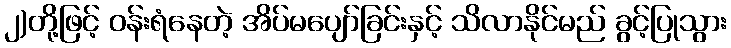
၂)တို့ဖြင့် ဝန်းရံနေတဲ့ အိပ်မပျော်ခြင်းနှင့် သိလာနိုင်မည် ခွင့်ပြုသွား